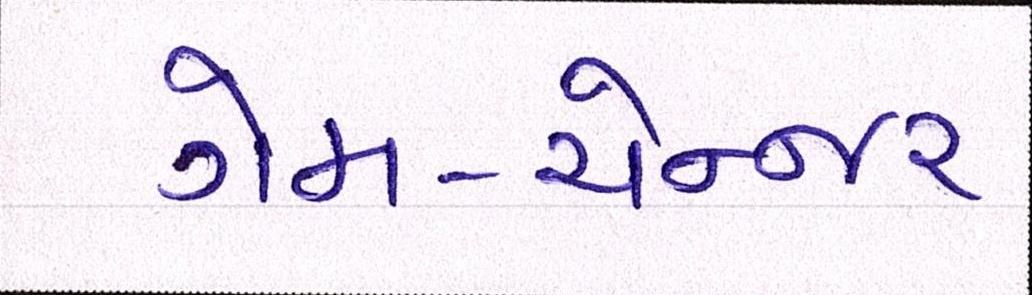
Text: ગેમ-ચેન્જર